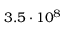
3 . 5 \cdot 1 0 ^ { 8 }